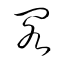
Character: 閣